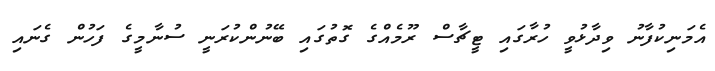
އެމަނިކުފާނު ވިދާޅުވީ ހުރާގައި ޓީޗާސް ރޫމެއްގެ ގޮތުގައި ބޭނުންކުރަނީ ސުނާމީގެ ފަހުން ގެނައި